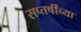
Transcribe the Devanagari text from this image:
सप्तर्षींच्या